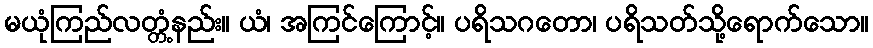
မယုံကြည်လတ္တံ့နည်း။ ယံ၊ အကြင်ကြောင့်။ ပရိသဂတော၊ ပရိသတ်သို့ရောက်သော။